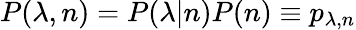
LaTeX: P(\lambda,n)=P(\lambda|n)P(n)\equiv p_{\lambda,n}